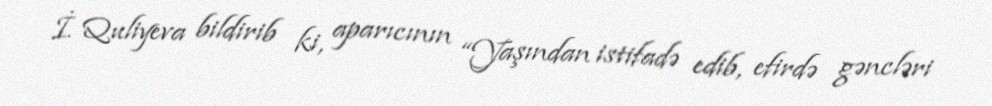
İ. Quliyeva bildirib ki, aparıcının “Yaşından istifadə edib, efirdə gəncləri